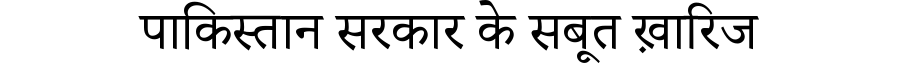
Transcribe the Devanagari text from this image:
पाकिस्तान सरकार के सबूत ख़ारिज